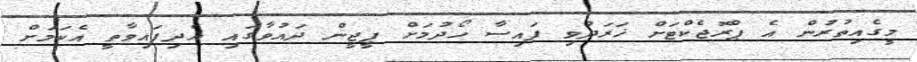
މީގެއިތުރުން އެ ޕްރޮޖެކްޓަށް ޚަރަދުވި ފައިސާ ހޯދުމަށް ޕީޖީން ދައުވާގައި އެދިފައިވާތީ އެކަމަށް